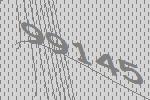
99145